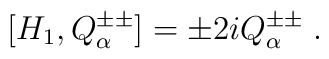
[H_1, Q^{\pm\pm}_\alpha ] = \pm 2i Q^{\pm\pm}_\alpha \;.